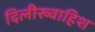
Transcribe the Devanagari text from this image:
दिलीख्वाहिश